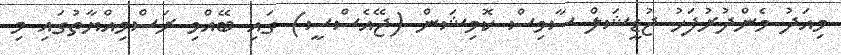
މިއަދު މެންދުރުފަހު ޖުޑީޝަލް ސާވިސް ކޮމިޝަން (ޖޭއެސްސީ) ގައި ބޭއްވި ރަސްމިއްޔާތުގައި މި